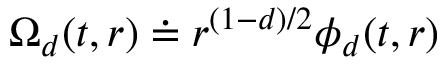
\Omega _ { d } ( t , r ) \doteq r ^ { ( 1 - d ) / 2 } \phi _ { d } ( t , r )